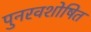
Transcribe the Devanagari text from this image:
पुनरवशोषित